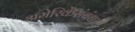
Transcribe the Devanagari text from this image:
अमेरिकेसंबंधात